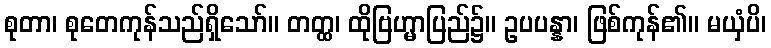
စုတာ၊ စုတေကုန်သည်ရှိသော်။ တတ္ထ၊ ထိုဗြဟ္မာပြည်၌။ ဥပပန္နာ၊ ဖြစ်ကုန်၏။ မယှံပိ၊